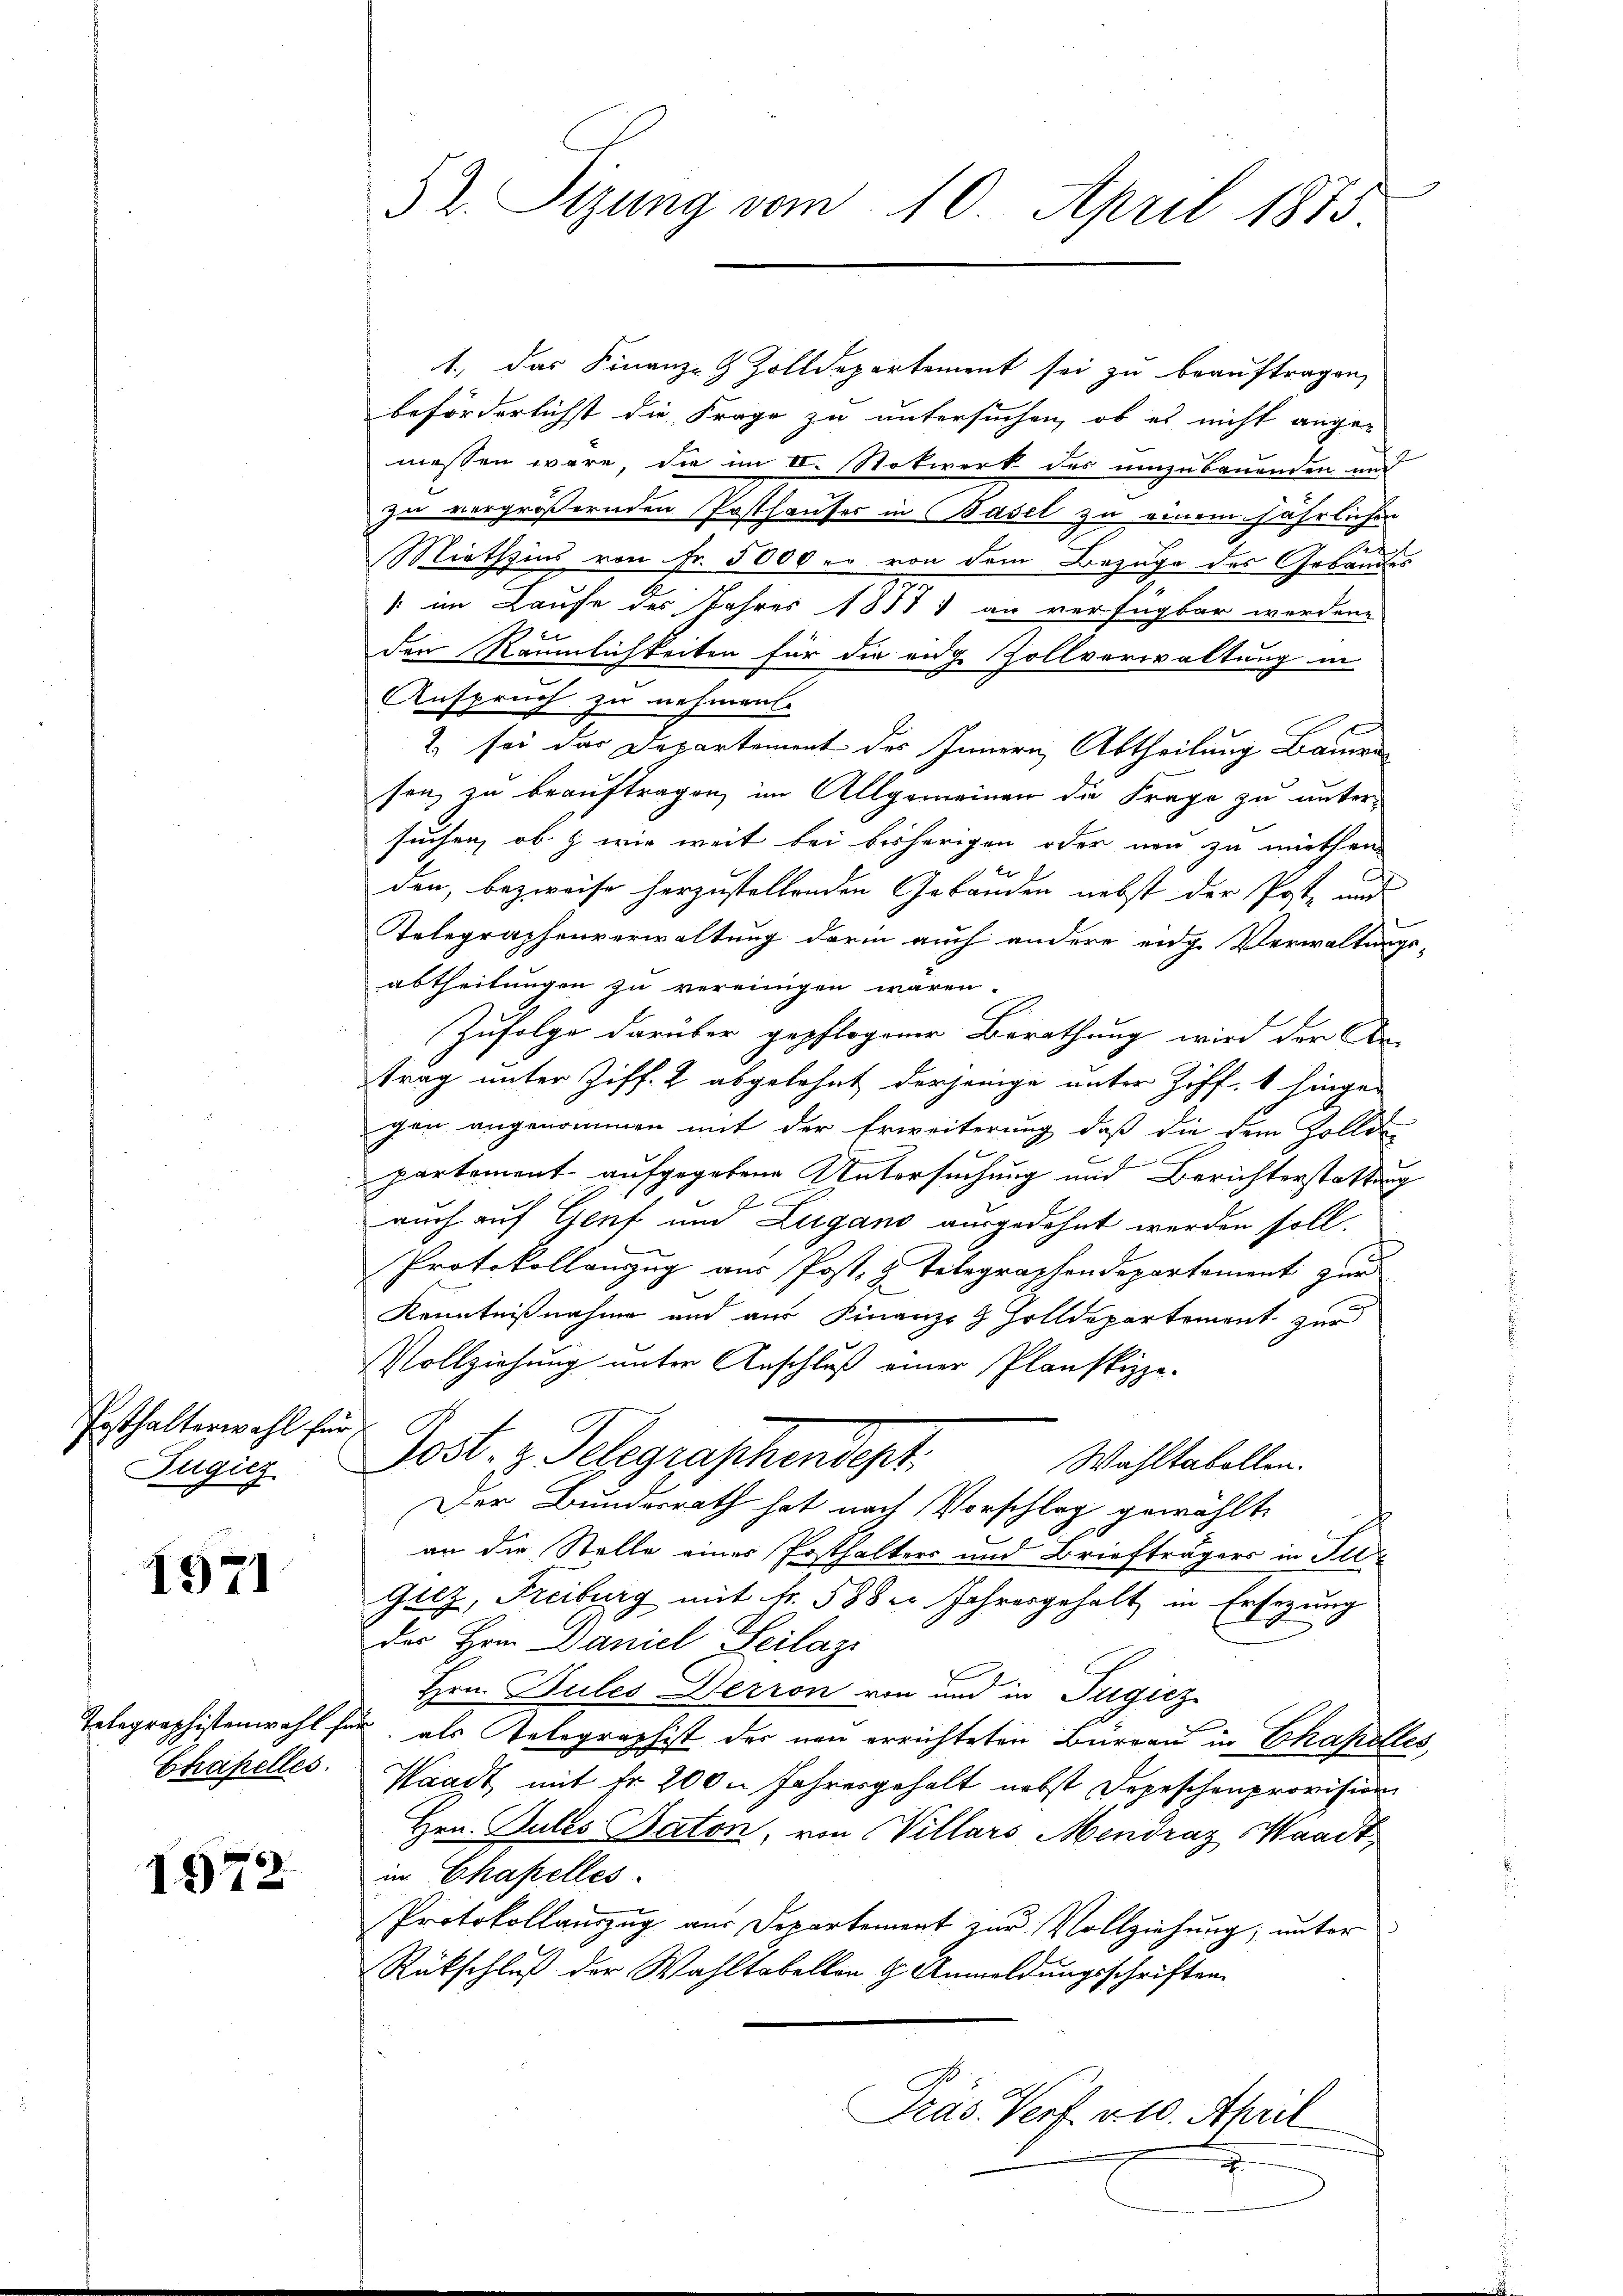
Posthalterwahl für
Zügieg

1971

Telegraphistenwahl für
Chapelles.

1972

§ 2. Sizung vom 10. April 1873

1., das Finanz-9 Zolldepartement sei zu beauftragen,
beförderlichst die Frage zu untersuchen, ob es nicht angemessen wäre die im II. Notwerk des umzubauenden und
zu vergrößernden Posthauses in Basel zu einem jährlichen
Miethzins von Fr. 5000 er von dem Bezuge des Gebäudes
" im Laufe des Jahres 1877) an verfügbar werden.
2
u
den Räumlichkeiten für die eidg. Zollverwaltung in
Anspruch zu nehmen.
e
2. sei das Departement des Innern Abtheilung Baume
sen, zu beauftragen, im Allgemeinen die Frage zu untersuchen, ob & wie weit bei bisherigen oder neu zu miethen
den, bezweife herzustellenden Gebäuden nebst der Poste und
Telegraphenverwaltung derin auch andere eidg. Verwaltungs-
abtheilungen zu vereinigen wären.
.
Zufolge darüber gepflogener Berathung wird der An-
trag unter Ziff. 2 abgelehnt derjenige unter Ziff. 1 hinge-
gen angenommen mit der Erweiterung, daß die dem Zolld
f
partement aufgegebene Untersuchung und Berichterstattung
auch auf Genf und Zugano ausgedehnt werden soll.
Protokollanzug aus Post, & Telegraphendepartement zur
Kenntnißnahme und aus Finanz- & Zolldepartement zur
Vollziehung unter Anschluß einer Planskippe-
Jost, z. Telegraphendept.
Wahltabellen.
Der Bundesrath hat nach Vorschlag gewählte
an die Stelle einer Posthalters und Briefträgers in Ill
Gilz, Freiburg mit fr. 588 2 Jahresgehalt in Ersezung
des Hrn. Daniel Geilage
b
Hrn. Bules Derron von und in Tugicz
 als Telegraphist der neu errichteten Bureau in Chapelles,
Waadt mit Fr. 200. Jahresgehalt nebst Depeschenprovision
Hrn. Gutes Daton, von Villars Mendraz, Waadt,
in Chapelles
Protokollauszug aus Departement zur Vollziehung, unter
Rückschluß der Wahltabellen & Anmeldungsschriften
Präs. Verf. 210. April
2